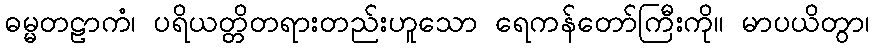
ဓမ္မတဠာကံ၊ ပရိယတ္တိတရားတည်းဟူသော ရေကန်တော်ကြီးကို။ မာပယိတွာ၊